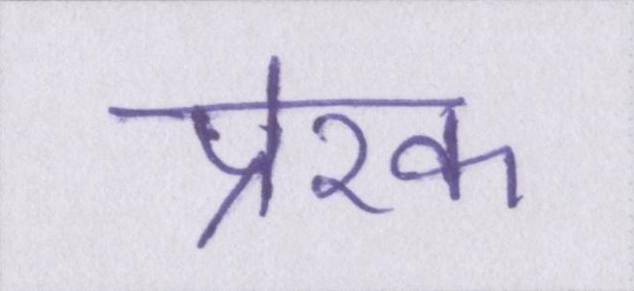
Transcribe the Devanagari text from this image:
प्रेरक